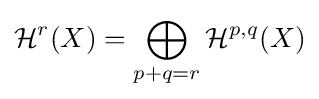
{\mathcal {H}}^{r}(X)=\bigoplus _{p+q=r}{\mathcal {H}}^{p,q}(X)